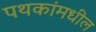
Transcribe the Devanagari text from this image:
पथकांमधील